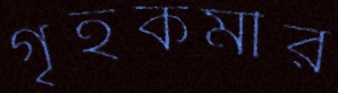
গৃহকর্মীর